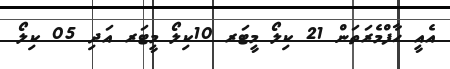
އެެއީ ހާފްމެރަތަން 21 ކިލޯ މީޓަރ 10ކިލޯ މީޓަރ އަދި 05 ކިލޯ